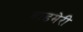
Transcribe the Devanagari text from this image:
बाडमेरी